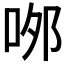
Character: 𠲄